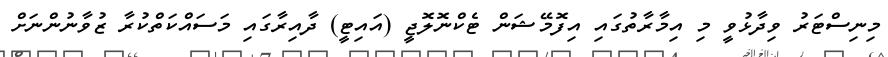
މިނިސްޓަރު ވިދާޅުވީ މި އިމާރާތުގައި އިފޮމޭޝަން ޓެކްނޮލޮޖީ (އައިޓީ) ދާއިރާގައި މަސައްކަތްކުރާ ޒުވާނުންނަށް